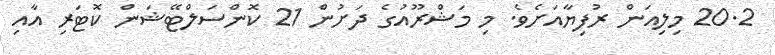
20.2 މިލިއަން ރުފިޔާއަށެވެ. މި މަޝްރޫއުގެ ދަށުން 21 ކޮންސަލްޓޭޝަން ކޮޓަރި އާއި